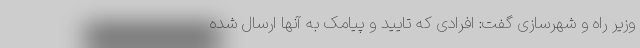
وزیر راه و شهرسازی گفت: افرادی که تایید و پیامک به آنها ارسال شده